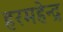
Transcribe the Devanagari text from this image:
हरमहेन्द्र